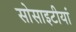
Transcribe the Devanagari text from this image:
सोसाइटीयां